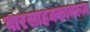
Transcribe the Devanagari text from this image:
वारसाहक्कावरून